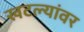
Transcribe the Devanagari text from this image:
खटल्यांवर